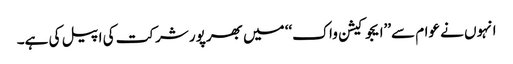
انہوں نے عوام سے’’ایجوکیشن واک‘‘ میں بھرپور شرکت کی اپیل کی ہے۔